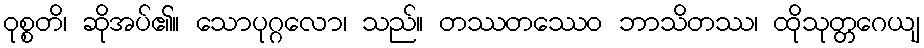
ဝုစ္စတိ၊ ဆိုအပ်၏။ သောပုဂ္ဂလော၊ သည်။ တဿတဿေဝ ဘာသိတဿ၊ ထိုသုတ္တဂေယျ